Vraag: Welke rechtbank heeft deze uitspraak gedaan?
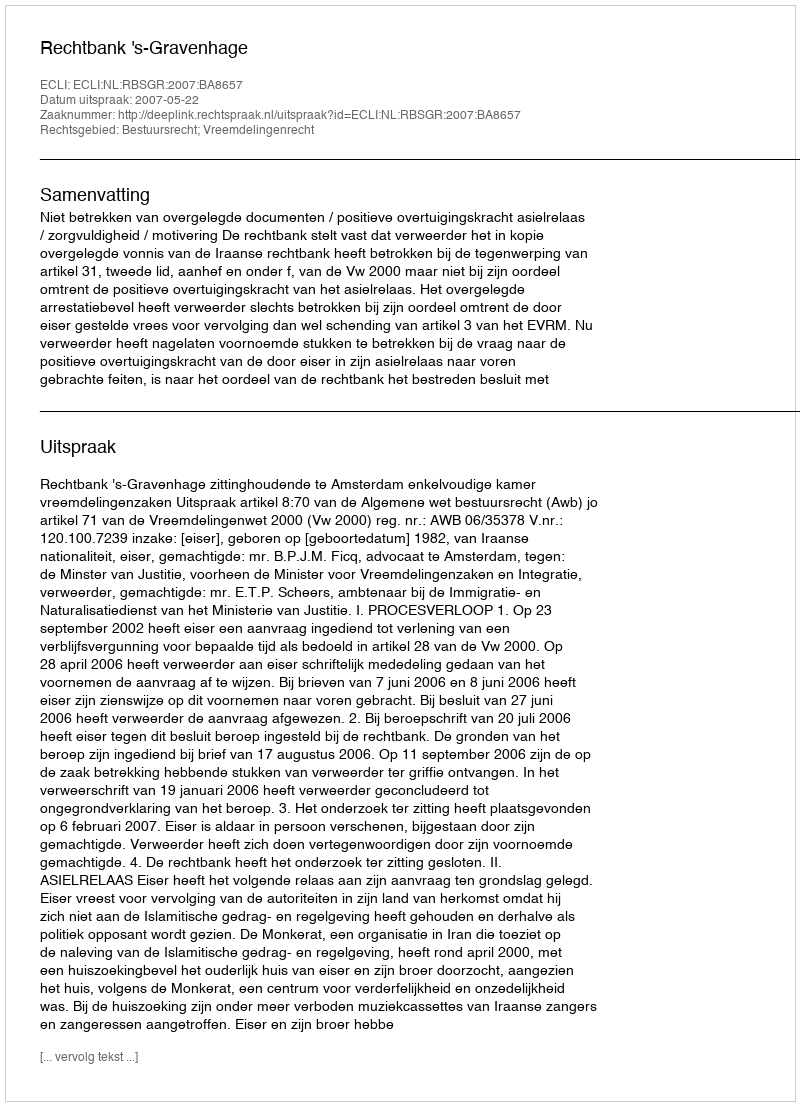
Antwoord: Rechtbank 's-Gravenhage